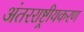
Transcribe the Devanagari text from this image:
अंतरराष्ट्रीयकरण